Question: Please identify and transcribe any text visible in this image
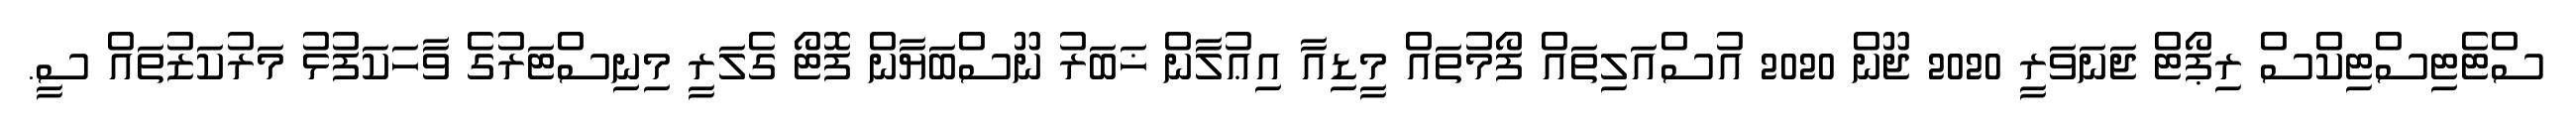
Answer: ސްޓެޓިސްޓިކްސް ރިޕޯޓް ޖަނަވަރީ 2020 ޖޫން 2020 އުސްއަލިތައް ފޯމުތައް މީޑިއާ އިޢުލާން ޚަބަރު ނޫސްބަޔާން ފޮޓޯ ގެލަރީ މިނިސްޓަރުގެ ވާހަކަފުޅު މަރުކަޒުތައް ސީ.